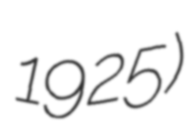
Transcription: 1925)